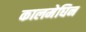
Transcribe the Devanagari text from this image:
कालमेघिन